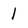
Character: 1